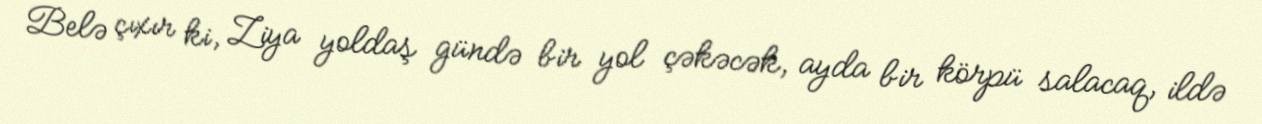
Belə çıxır ki, Ziya yoldaş gündə bir yol çəkəcək, ayda bir körpü salacaq, ildə